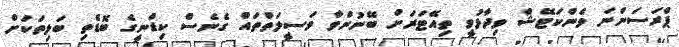
ޕްރަސަންނަ ވެންކަޓޭޝް ވިދާޅުވީ ތިއޭޓަރަށް ބޭނުންވާ ވަސީލަތްތައް ގެނެސް ކިޑްނީގެ ބޮޑެތި ބަލިތަކަށް